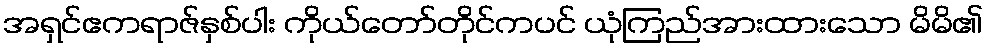
အရှင်ဧကရာဇ်နှစ်ပါး ကိုယ်တော်တိုင်ကပင် ယုံကြည်အားထားသော မိမိ၏